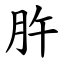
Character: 㬳